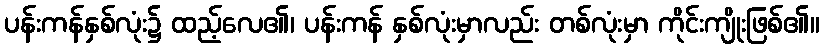
ပန်းကန်နှစ်လုံး၌ ထည့်လေ၏၊ ပန်းကန် နှစ်လုံးမှာလည်း တစ်လုံးမှာ ကိုင်းကျိုးဖြစ်၏။